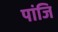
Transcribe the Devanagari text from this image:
पांजि